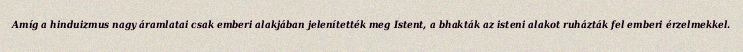
Amíg a hinduizmus nagy áramlatai csak emberi alakjában jelenítették meg Istent, a bhakták az isteni alakot ruházták fel emberi érzelmekkel.